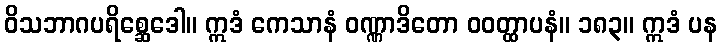
ဝိသဘာဂပရိစ္ဆေဒေါ။ ဣဒံ ကေသာနံ ဝဏ္ဏာဒိတော ဝဝတ္ထာပနံ။ ၁၈၃။ ဣဒံ ပန